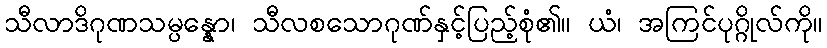
သီလာဒိဂုဏသမ္ပန္နော၊ သီလစသောဂုဏ်နှင့်ပြည့်စုံ၏။ ယံ၊ အကြင်ပုဂ္ဂိုလ်ကို။